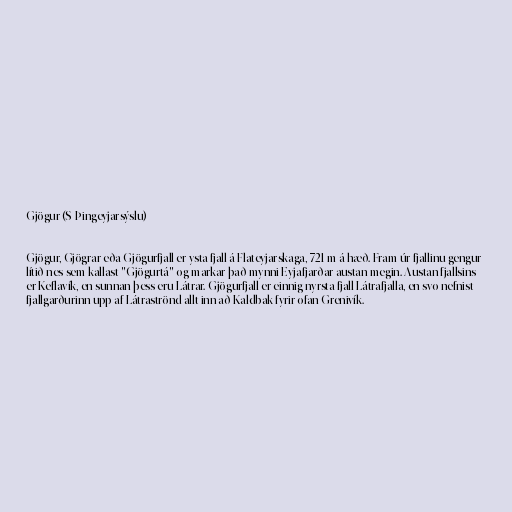
Gjögur (S-Þingeyjarsýslu)

Gjögur, Gjögrar eða Gjögurfjall er ysta fjall á Flateyjarskaga, 721 m á hæð. Fram úr fjallinu gengur
lítið nes sem kallast "Gjögurtá" og markar það mynni Eyjafjarðar austan megin. Austan fjallsins
er Keflavík, en sunnan þess eru Látrar. Gjögurfjall er einnig nyrsta fjall Látrafjalla, en svo nefnist
fjallgarðurinn upp af Látraströnd allt inn að Kaldbak fyrir ofan Grenivík.